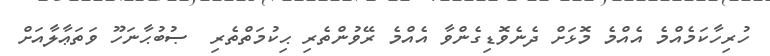
ހުރިހާކަމެއްމެ އެއްމެ މޮޅަށް ދެނެވޮޑިގެންވާ އެއްމެ ރޭވުންތެރި ޙިކުމަތްތެރި  ޞުބުޙާނަހޫ ވަތަޢާލާއަށް